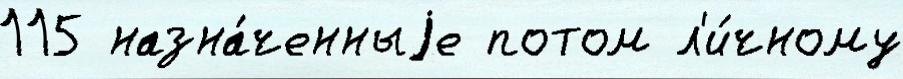
115 назна́ченныjе потом л'и́чному